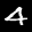
Label: 4